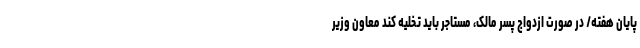
پایان هفته/ در صورت ازدواج پسر مالک، مستاجر باید تخلیه کند معاون وزیر